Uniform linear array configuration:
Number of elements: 64
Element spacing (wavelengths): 0.25
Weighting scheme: exponential
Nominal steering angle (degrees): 45
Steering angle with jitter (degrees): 44.9
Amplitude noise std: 0.05
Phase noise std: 0.05

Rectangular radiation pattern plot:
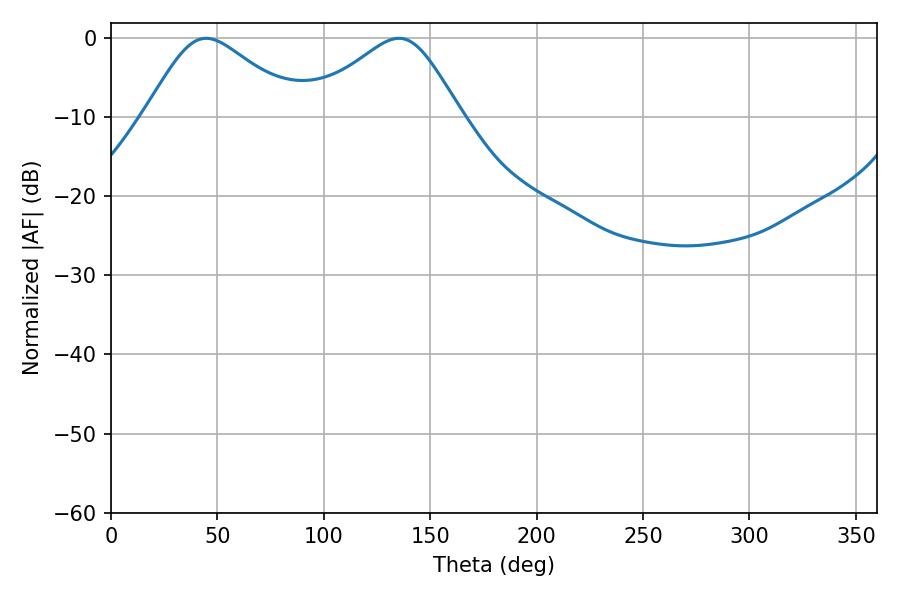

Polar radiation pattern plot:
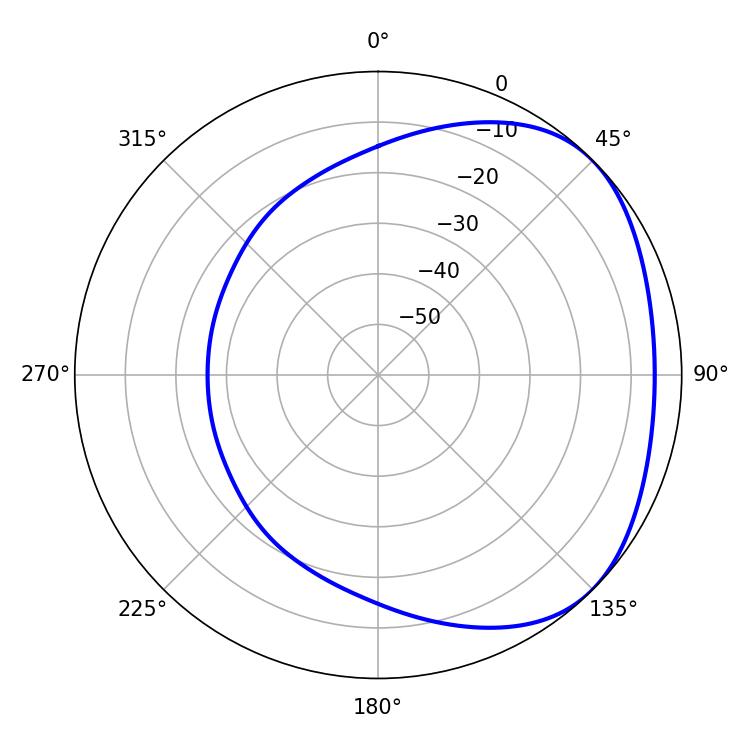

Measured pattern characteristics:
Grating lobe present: FALSE
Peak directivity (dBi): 2.772
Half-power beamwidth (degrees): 35.46
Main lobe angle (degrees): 44.64